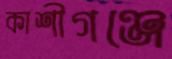
কাশীগঞ্জে